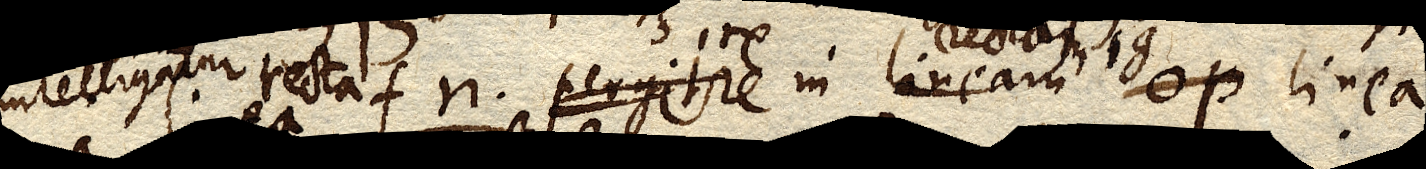
intelligatur recta fn. pergitre in lineam op. linea